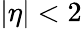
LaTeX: |\eta|<2